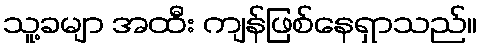
သူ့ခမျာ အထီး ကျန်ဖြစ်နေရှာသည်။